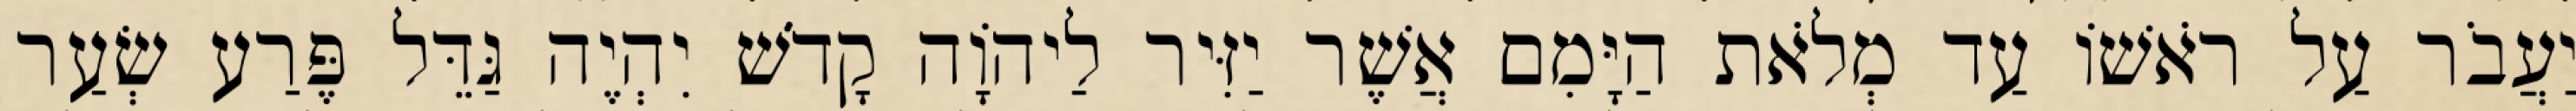
יַעֲבֹר עַל רֹאשׁוֹ עַד מְלֹאת הַיָּמִם אֲשֶׁר יַזִּיר לַיהוָֹה קָדֹשׁ יִהְיֶה גַּדֵּל פֶּרַע שְׂעַר